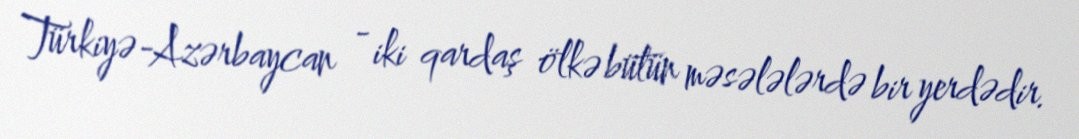
Türkiyə-Azərbaycan - iki qardaş ölkə bütün məsələlərdə bir yerdədir.